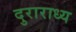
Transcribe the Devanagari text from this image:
दुराराध्य